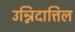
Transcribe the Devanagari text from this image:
उन्निदात्तिल